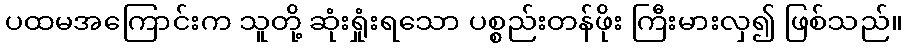
ပထမအကြောင်းက သူတို့ ဆုံးရှုံးရသော ပစ္စည်းတန်ဖိုး ကြီးမားလှ၍ ဖြစ်သည်။